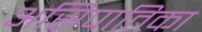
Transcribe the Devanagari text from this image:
असिपातिका